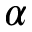
\alpha